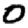
Digit: 0